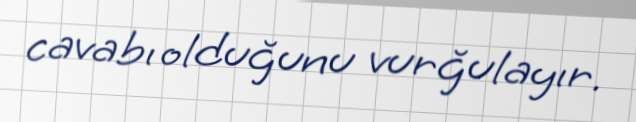
cavabı olduğunu vurğulayır.